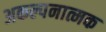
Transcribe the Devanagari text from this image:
अकल्पनात्मक